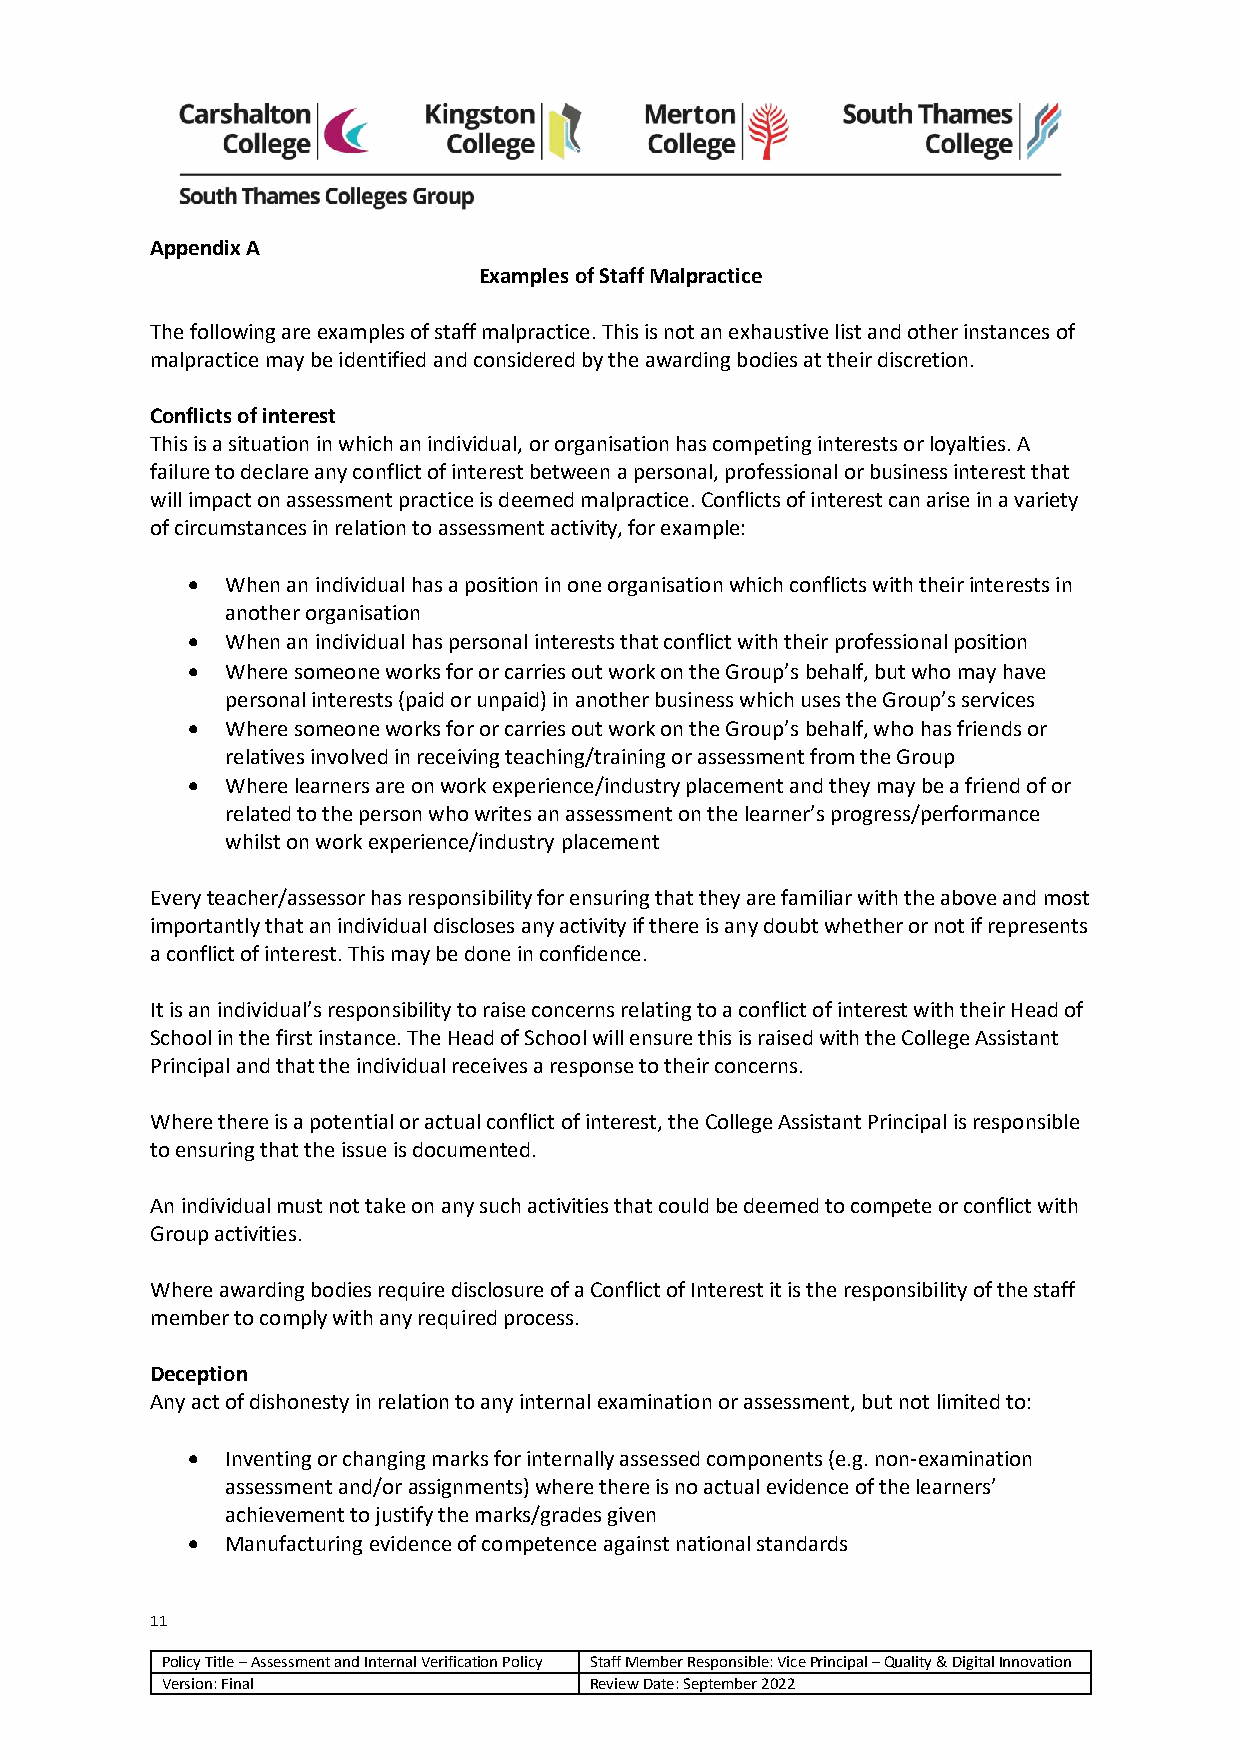
Appendix A
 Examples of Staff Malpractice
 The following are examples of staff malpractice. This is not an exhaustive list and other instances of
 malpractice may be identified and considered by the awarding bodies at their discretion.
 Conflicts of interest
 This is a situation in which an individual, or organisation has competing interests or loyalties. A
 failure to declare any conflict of interest between a personal, professional or business interest that
 will impact on assessment practice is deemed malpractice. Conflicts of interest can arise in a variety
 of circumstances in relation to assessment activity, for example:
 •  When an individual has a position in one organisation which conflicts with their interests in
 another organisation
 •  When an individual has personal interests that conflict with their professional position
 •  Where someone works for or carries out work on the Group’s behalf, but who may have
 personal interests (paid or unpaid) in another business which uses the Group’s services
 •  Where someone works for or carries out work on the Group’s behalf, who has friends or
 relatives involved in receiving teaching/training or assessment from the Group
 •  Where learners are on work experience/industry placement and they may be a friend of or
 related to the person who writes an assessment on the learner’s progress/performance
 whilst on work experience/industry placement
 Every teacher/assessor has responsibility for ensuring that they are familiar with the above and most
 importantly that an individual discloses any activity if there is any doubt whether or not if represents
 a conflict of interest. This may be done in confidence.
 It is an individual’s responsibility to raise concerns relating to a conflict of interest with their Head of
 School in the first instance. The Head of School will ensure this is raised with the College Assistant
 Principal and that the individual receives a response to their concerns.
 Where there is a potential or actual conflict of interest, the College Assistant Principal is responsible
 to ensuring that the issue is documented.
 An individual must not take on any such activities that could be deemed to compete or conflict with
 Group activities.
 Where awarding bodies require disclosure of a Conflict of Interest it is the responsibility of the staff
 member to comply with any required process.
 Deception
 Any act of dishonesty in relation to any internal examination or assessment, but not limited to:
 •  Inventing or changing marks for internally assessed components (e.g. non-examination
 assessment and/or assignments) where there is no actual evidence of the learners’
 achievement to justify the marks/grades given
 •  Manufacturing evidence of competence against national standards
 11
 Policy Title – Assessment and Internal Verification Policy Staff Member Responsible: Vice Principal – Quality & Digital Innovation
 Version: Final              Review Date: September 2022